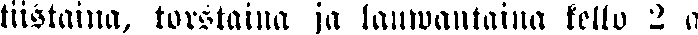
tiistaina, torstaina ja lauwantaina kello 2 a